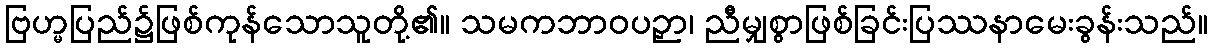
ဗြဟ္မပြည်၌ဖြစ်ကုန်သောသူတို့၏။ သမကဘာဝပဉှာ၊ ညီမျှစွာဖြစ်ခြင်းပြဿနာမေးခွန်းသည်။